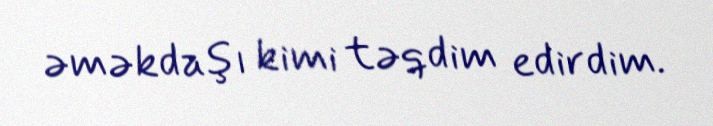
əməkdaşı kimi təqdim edirdim.